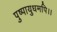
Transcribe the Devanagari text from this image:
पुष्पायुधमपि।।